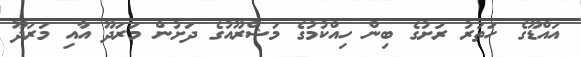
އައްޑޫގެ ހަތަރު ރަށުގެ ބިން ހިއްކުމުގެ މަޝްރޫއުގެ ދަށުން މަރަދޫ އާއި މަރަދޫ